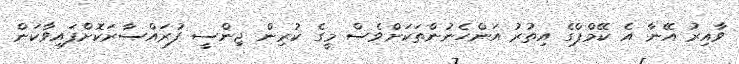
ވާއިރު އޭނާ އެ ކޭމްޕްގެ އިތުރު އަންހެނުންތަކަށްވެސް މީގެ ކުރިން ޖިންސީ ފުރައްސާރަކޮށްފައިވާކަން